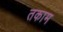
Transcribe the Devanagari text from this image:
तकाम